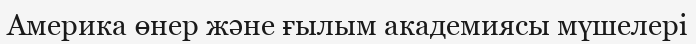
Америка өнер және ғылым академиясы мүшелері